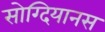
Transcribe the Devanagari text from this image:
सोग्दियानस